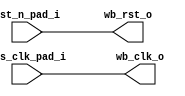
/*
 *
 * Clock, reset generation unit for Atlys board
 *
 * Implements clock generation according to design defines
 *
 */
module clkgen
       (
	// Main clocks in, depending on board
	input  sys_clk_pad_i,
	// Asynchronous, active low reset in
	input  rst_n_pad_i,

	// Wishbone clock and reset out
	output wb_clk_o,
	output wb_rst_o
);

assign wb_clk_o = sys_clk_pad_i;
assign wb_rst_o = rst_n_pad_i;

endmodule // clkgen